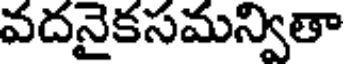
వదనైకసమన్వితా